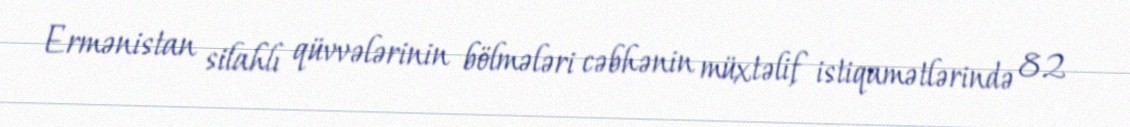
Ermənistan silahlı qüvvələrinin bölmələri cəbhənin müxtəlif istiqamətlərində 82